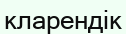
кларендік